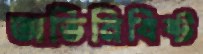
অভিনিবিষ্ট